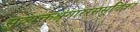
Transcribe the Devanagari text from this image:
सुव्यक्तश्रृंगाररससूचिका